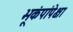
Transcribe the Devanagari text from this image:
भूकंपांपेक्षा